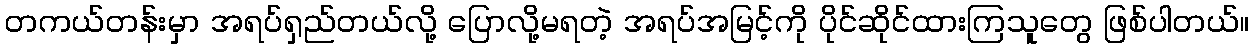
တကယ်တန်းမှာ အရပ်ရှည်တယ်လို့ ပြောလို့မရတဲ့ အရပ်အမြင့်ကို ပိုင်ဆိုင်ထားကြသူတွေ ဖြစ်ပါတယ်။